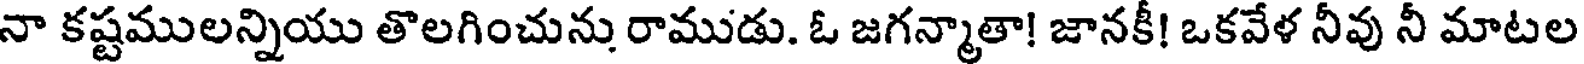
నా కష్టములన్నియు తొలగించును రాముడు. ఓ జగన్మాతా! జానకీ! ఒకవేళ నీవు నీ మాటల